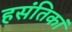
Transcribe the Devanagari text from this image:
हसंतिकां